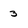
Character: 3